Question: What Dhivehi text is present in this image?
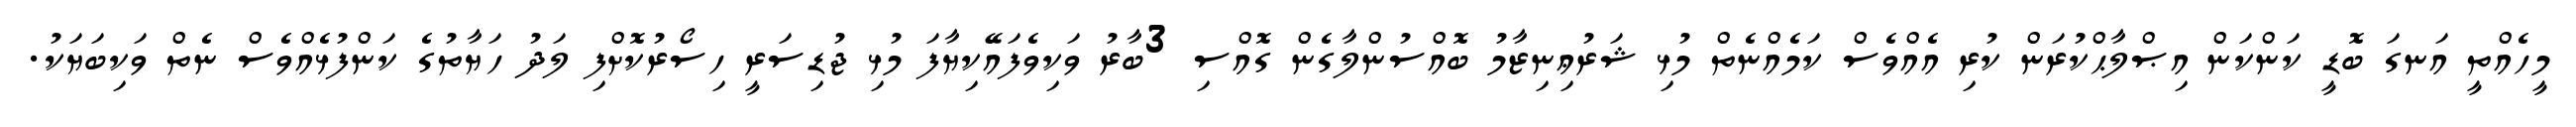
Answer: މީހެއްތީ އަނގަ ބޮޑީ ކަންކަން އިޞްލާޙްކުރަން ކުރި އެއްވެސް ކަމެއްނެތް މުޅި ޝަރުޢިނިޒާމު ބޮއްސުންލާގެން ގޮއްސި 3ބާރު ވަކިވެފައޭކިޔާފަ މުޅި ޖުޑިސަރީ ހިސޯރުކޮށްފި ލަދު ހަޔާތުގެ ކަންފުޅެއްވެސް ނެތް ވަކިބަޔަކު.